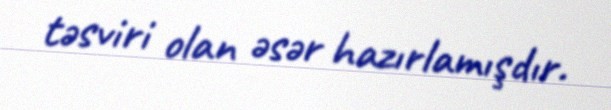
təsviri olan əsər hazırlamışdır.